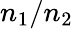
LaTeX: n_{1}/n_{2}